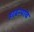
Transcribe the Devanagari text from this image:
हरबऱ्याचे